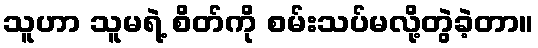
သူဟာ သူမရဲ့ စိတ်ကို စမ်းသပ်မလို့တွဲခဲ့တာ။